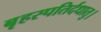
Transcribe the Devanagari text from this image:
बृहस्पतिर्दधातु।